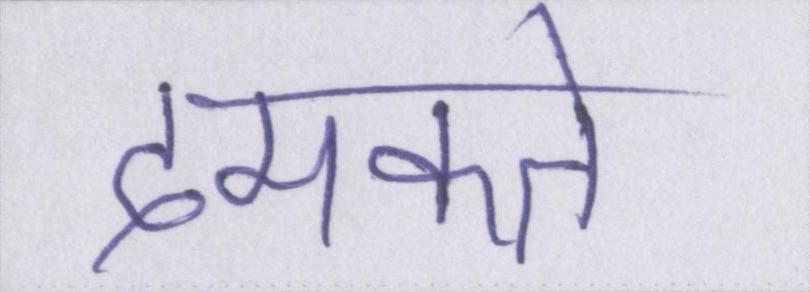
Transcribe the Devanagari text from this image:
दमकते